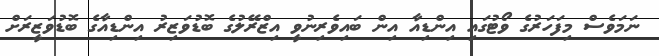
ނަމަވެސް މިފަހަރުގެ ވޯޓުގައި އިންޑިއާ އިން ބައިވެރިނުވީ އިޒްރޭލުގެ ބޮޑުވަޒިރު އިންޑިއާގެ ބޮޑުވަޒީރަށް